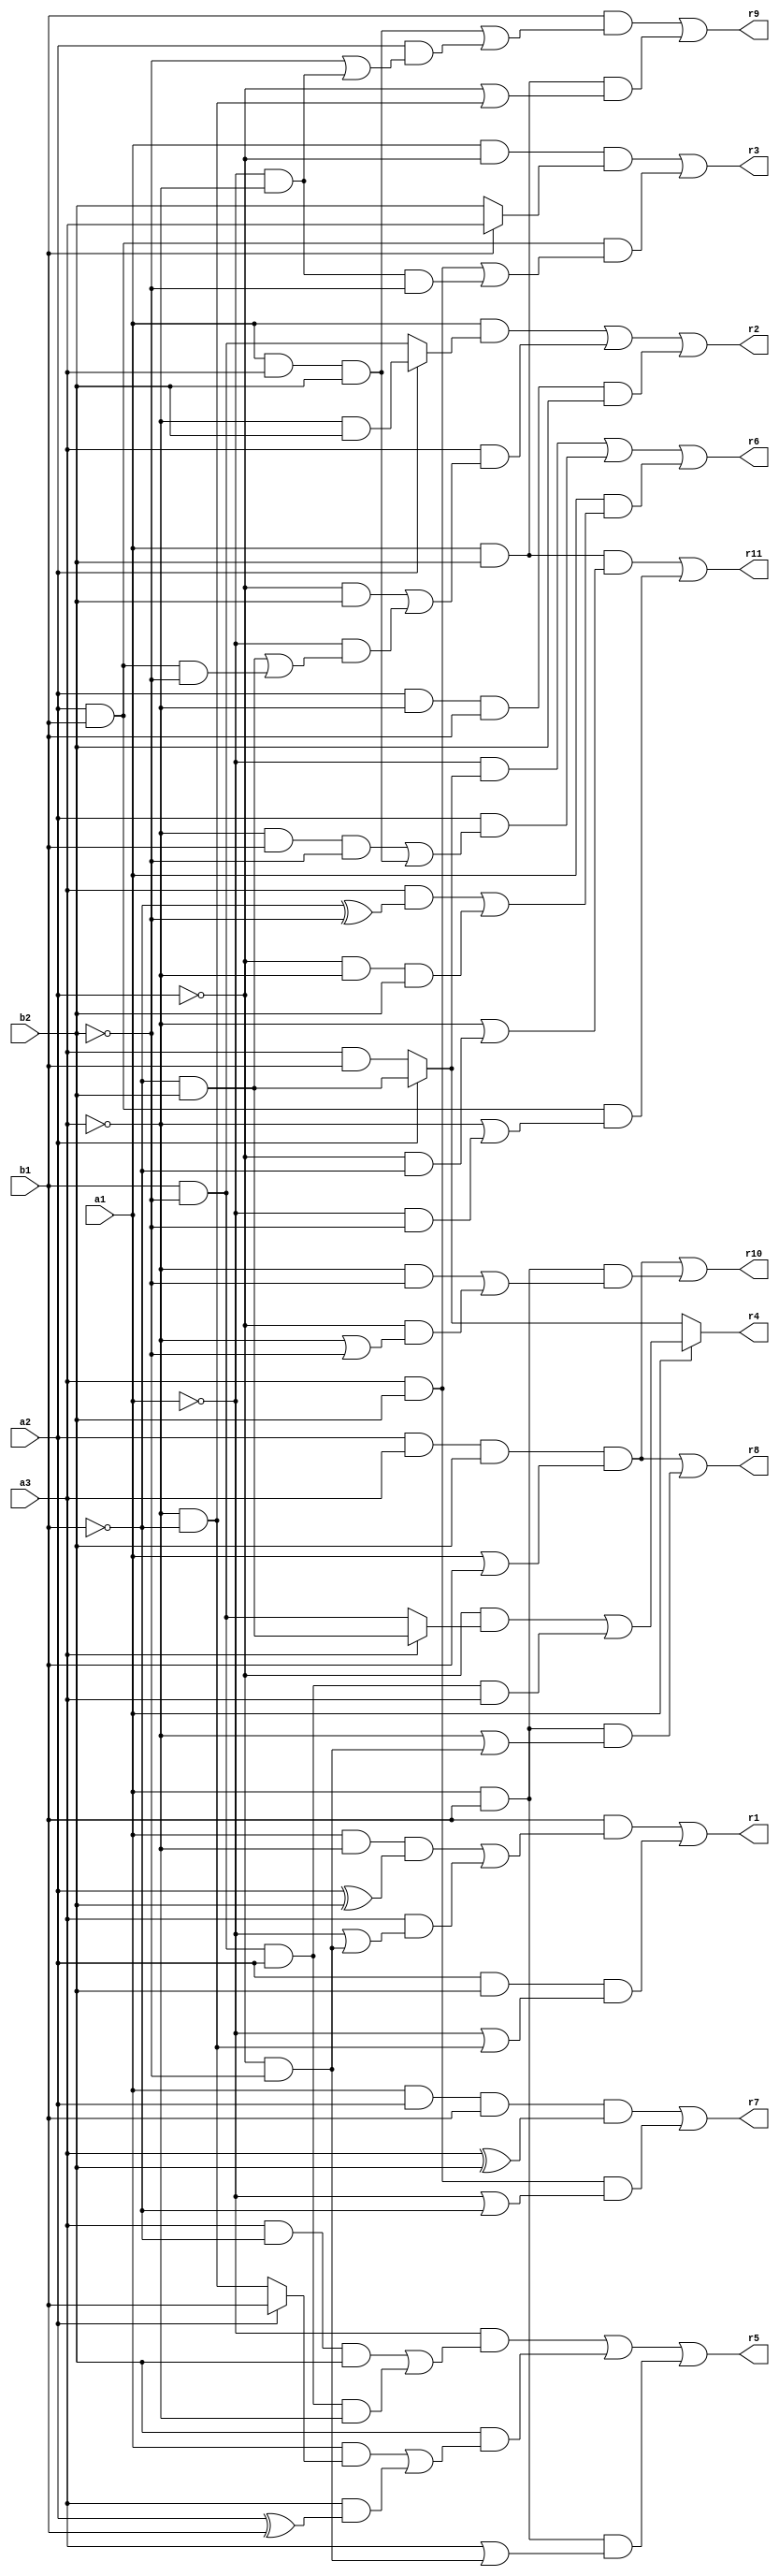
// Benchmark "mult_3x2_592_out" written by ABC on Tue May 24 03:59:25 2022

module mult_3x2_592 ( 
    a1, a2, a3, b1, b2,
    r1, r2, r3, r4, r5, r6, r7, r8, r9, r10, r11  );
  input  a1, a2, a3, b1, b2;
  output r1, r2, r3, r4, r5, r6, r7, r8, r9, r10, r11;
  assign r1 = (b1 & ((a1 & ~a3 & (a2 ^ b2)) | (a3 & (~a1 | (~a2 & ~b2))))) | (a2 & b2 & (~a1 | (~a3 & ~b1)));
  assign r2 = (a1 & (a2 ? (~a3 & b2) : (b1 & ~b2))) | (a3 & ((~a2 & b2) | (~a1 & ((~b1 & b2) | (a2 & b1 & ~b2))))) | (a2 & ~a3 & b1 & b2);
  assign r3 = (a1 & ~a2 & (b1 ? a3 : b2)) | (a2 & b1 & ((a3 & b2) | (~a1 & ~a3 & ~b2)));
  assign r4 = a1 ? ((~a2 & (a3 ? (~b1 & b2) : (b1 & ~b2))) | (b1 & ~b2 & a2 & a3)) : (a2 ? (~b1 & b2) : (a3 & b1));
  assign r5 = (~a1 & ((a3 & ~b1 & b2) | (b1 & ~b2 & a2 & ~a3))) | (b2 & ((a1 & (a2 ? b1 : (~a3 & ~b1))) | (a3 & (a2 ^ b1)))) | (a1 & b1 & (a3 | (~a2 & ~b2)));
  assign r6 = (~a1 & (a2 ? (~b1 & b2) : (a3 & b1))) | (a2 & ((~a3 & b1 & ~b2) | (a1 & a3 & b2))) | (a1 & ((a3 & (~b1 ^ ~b2)) | (~a2 & ~a3 & b2)));
  assign r7 = (a1 & a2 & b1 & (a3 ^ b2)) | (a3 & b2 & (~a1 | ~b1));
  assign r8 = (a2 & a3 & b2 & (a1 | b1)) | (a1 & b1 & (~a3 | (~a2 & ~b2)));
  assign r9 = (b1 & ((a1 & a3 & b2) | (a2 & (~b2 | (~a1 & ~a3))))) | (a1 & b2 & (~a2 | (~a3 & ~b1)));
  assign r10 = (a2 & a3 & b2 & (a1 | b1)) | (a1 & b1 & ((~a3 & ~b2) | (~a2 & (~a3 | ~b2))));
  assign r11 = (a1 & b2 & (~a3 | (~a2 & ~b1))) | (a2 & b1 & (~a3 | (~a1 & ~b2)));
endmodule